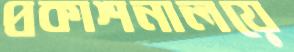
প্রকাশনালয়ে